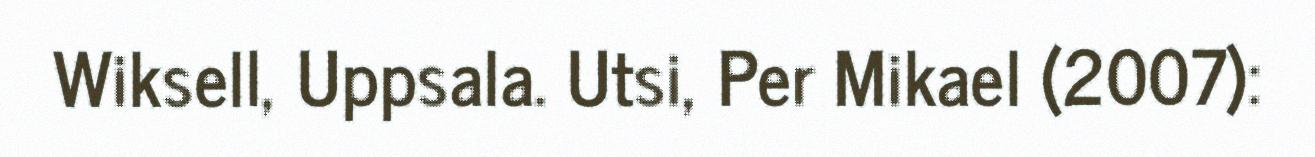
Wiksell, Uppsala. Utsi, Per Mikael (2007):